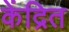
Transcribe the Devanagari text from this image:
केंद्रित